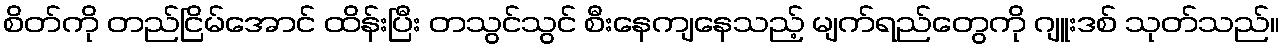
စိတ်ကို တည်ငြိမ်အောင် ထိန်းပြီး တသွင်သွင် စီးနေကျနေသည့် မျက်ရည်တွေကို ဂျူးဒစ် သုတ်သည်။